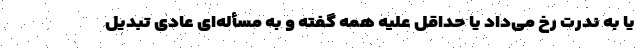
یا به ندرت رخ می‌داد یا حداقل علیه همه گفته و به مسأله‌ای عادی تبدیل